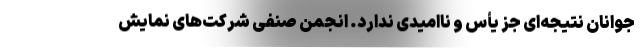
جوانان نتیجه‌ای جز یأس و ناامیدی ندارد. انجمن صنفی شرکت‌های نمایش